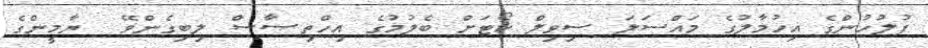
ފުލުހުންގެ އިހުމާލުގެ މައްސަލަ ސިވިލް ކޯޓަށް ބެލުމުގެ އިހްތިޞާސް ލިބިގެންވޭ  ޔާމީންގެ